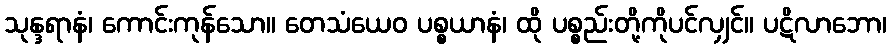
သုန္ဒရာနံ၊ ကောင်းကုန်သော။ တေသံယေဝ ပစ္စယာနံ၊ ထို ပစ္စည်းတို့ကိုပင်လျှင်။ ပဋိလာဘော၊